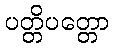
ပတ္တိပတ္တော